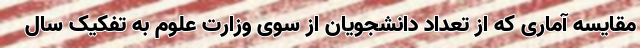
مقایسه آماری که از تعداد دانشجویان از سوی وزارت علوم به تفکیک سال